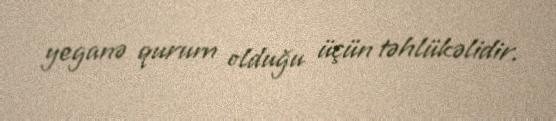
yeganə qurum olduğu üçün təhlükəlidir.